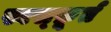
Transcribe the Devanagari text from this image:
स्वस्फ़ूर्त